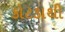
કોટડાથી